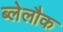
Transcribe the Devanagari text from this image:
ब्लेलौक